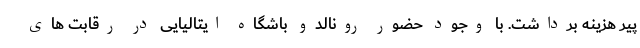
پیر هزینه برداشت. با وجود حضور رونالدو باشگاه ایتالیایی در رقابت های